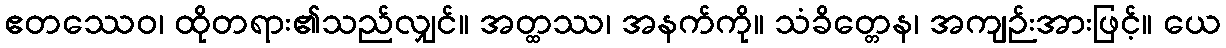
ဧတဿေဝ၊ ထိုတရား၏သည်လျှင်။ အတ္ထဿ၊ အနက်ကို။ သံခိတ္တေန၊ အကျဉ်းအားဖြင့်။ ယေ